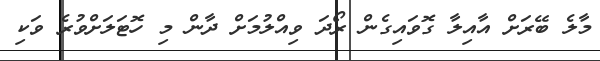
މާލެ ބޭރަށް އާއިލާ ގޮވައިގެން ރޯދަ ވިއްލުމަށް ދާން މި ހޮޓަލަށްވުރެ ވަކި